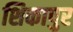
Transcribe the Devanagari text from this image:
शिकापुर